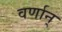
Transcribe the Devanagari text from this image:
वर्णान्